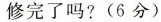
修完了吗?(6分)